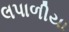
લપાળીયા